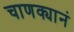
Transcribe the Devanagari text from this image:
चाणक्यानं